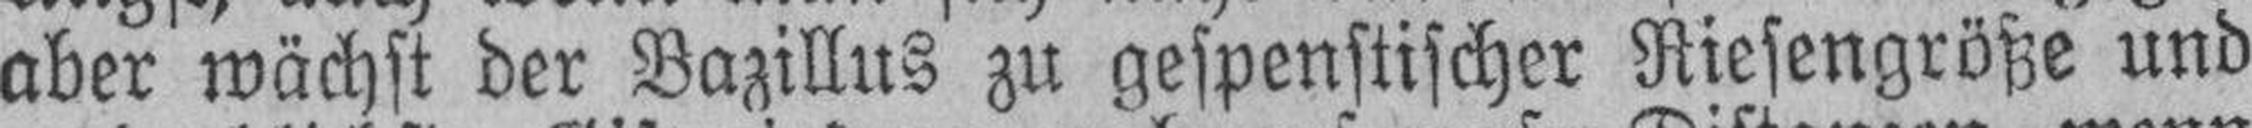
aber wächst der Bazillus zu gespenstischer Riesengröße und